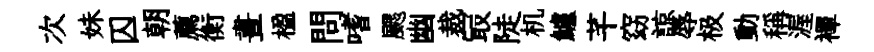
次妹囚朝薦衡晝楹問嗜颸幽裁冣陡机鱸芊窈諒辱极動稱渥襌